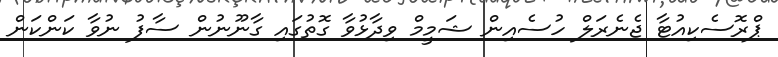
ޕްރޮސެކިއުޓާ ޖެނެރަލް ހުސެއިން ޝަމީމް ވިދާޅުވާ ގޮތުގައި ގާނޫނުން ސާފު ނުވާ ކަންކަން